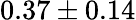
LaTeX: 0.37\pm 0.14